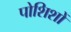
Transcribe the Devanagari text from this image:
पोशिशों